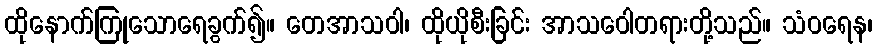
ထိုနောက်ကြုသောရေခွက်၍။ တေအာသဝါ၊ ထိုယိုစီးခြင်း အာသဝေါတရားတို့သည်။ သံဝရေန၊